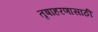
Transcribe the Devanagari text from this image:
तृषाहरणासाठीं